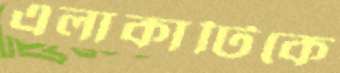
এলাকাটিকে